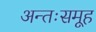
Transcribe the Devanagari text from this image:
अन्तःसमूह